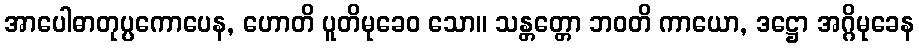
အာပေါဓာတုပ္ပကောပေန, ဟောတိ ပူတိမုခေဝ သော။ သန္တတ္တော ဘဝတိ ကာယော, ဒဋ္ဌော အဂ္ဂိမုခေန